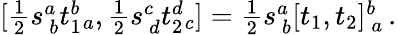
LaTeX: [\textstyle{\frac{1}{2}}s_{~b}^{a}t_{1}^{b}{}_{a},\textstyle{\frac{1}{2}}s_{~d}^{c}t_{2}^{d}{}_{c}]=\textstyle{\frac{1}{2}}s_{~b}^{a}[t_{1},t_{2}]_{~a}^{b}\, .